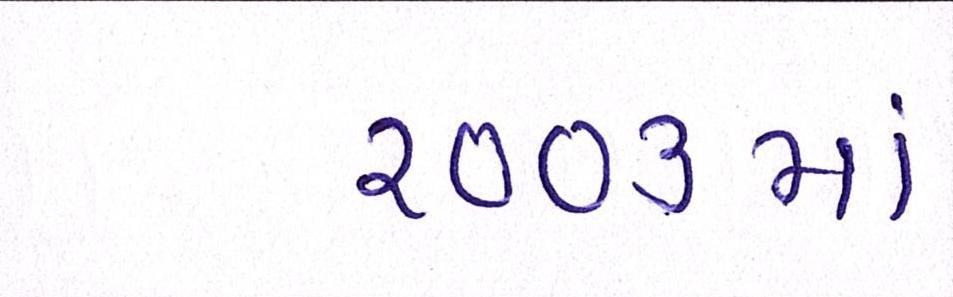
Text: ૨૦૦૩માં